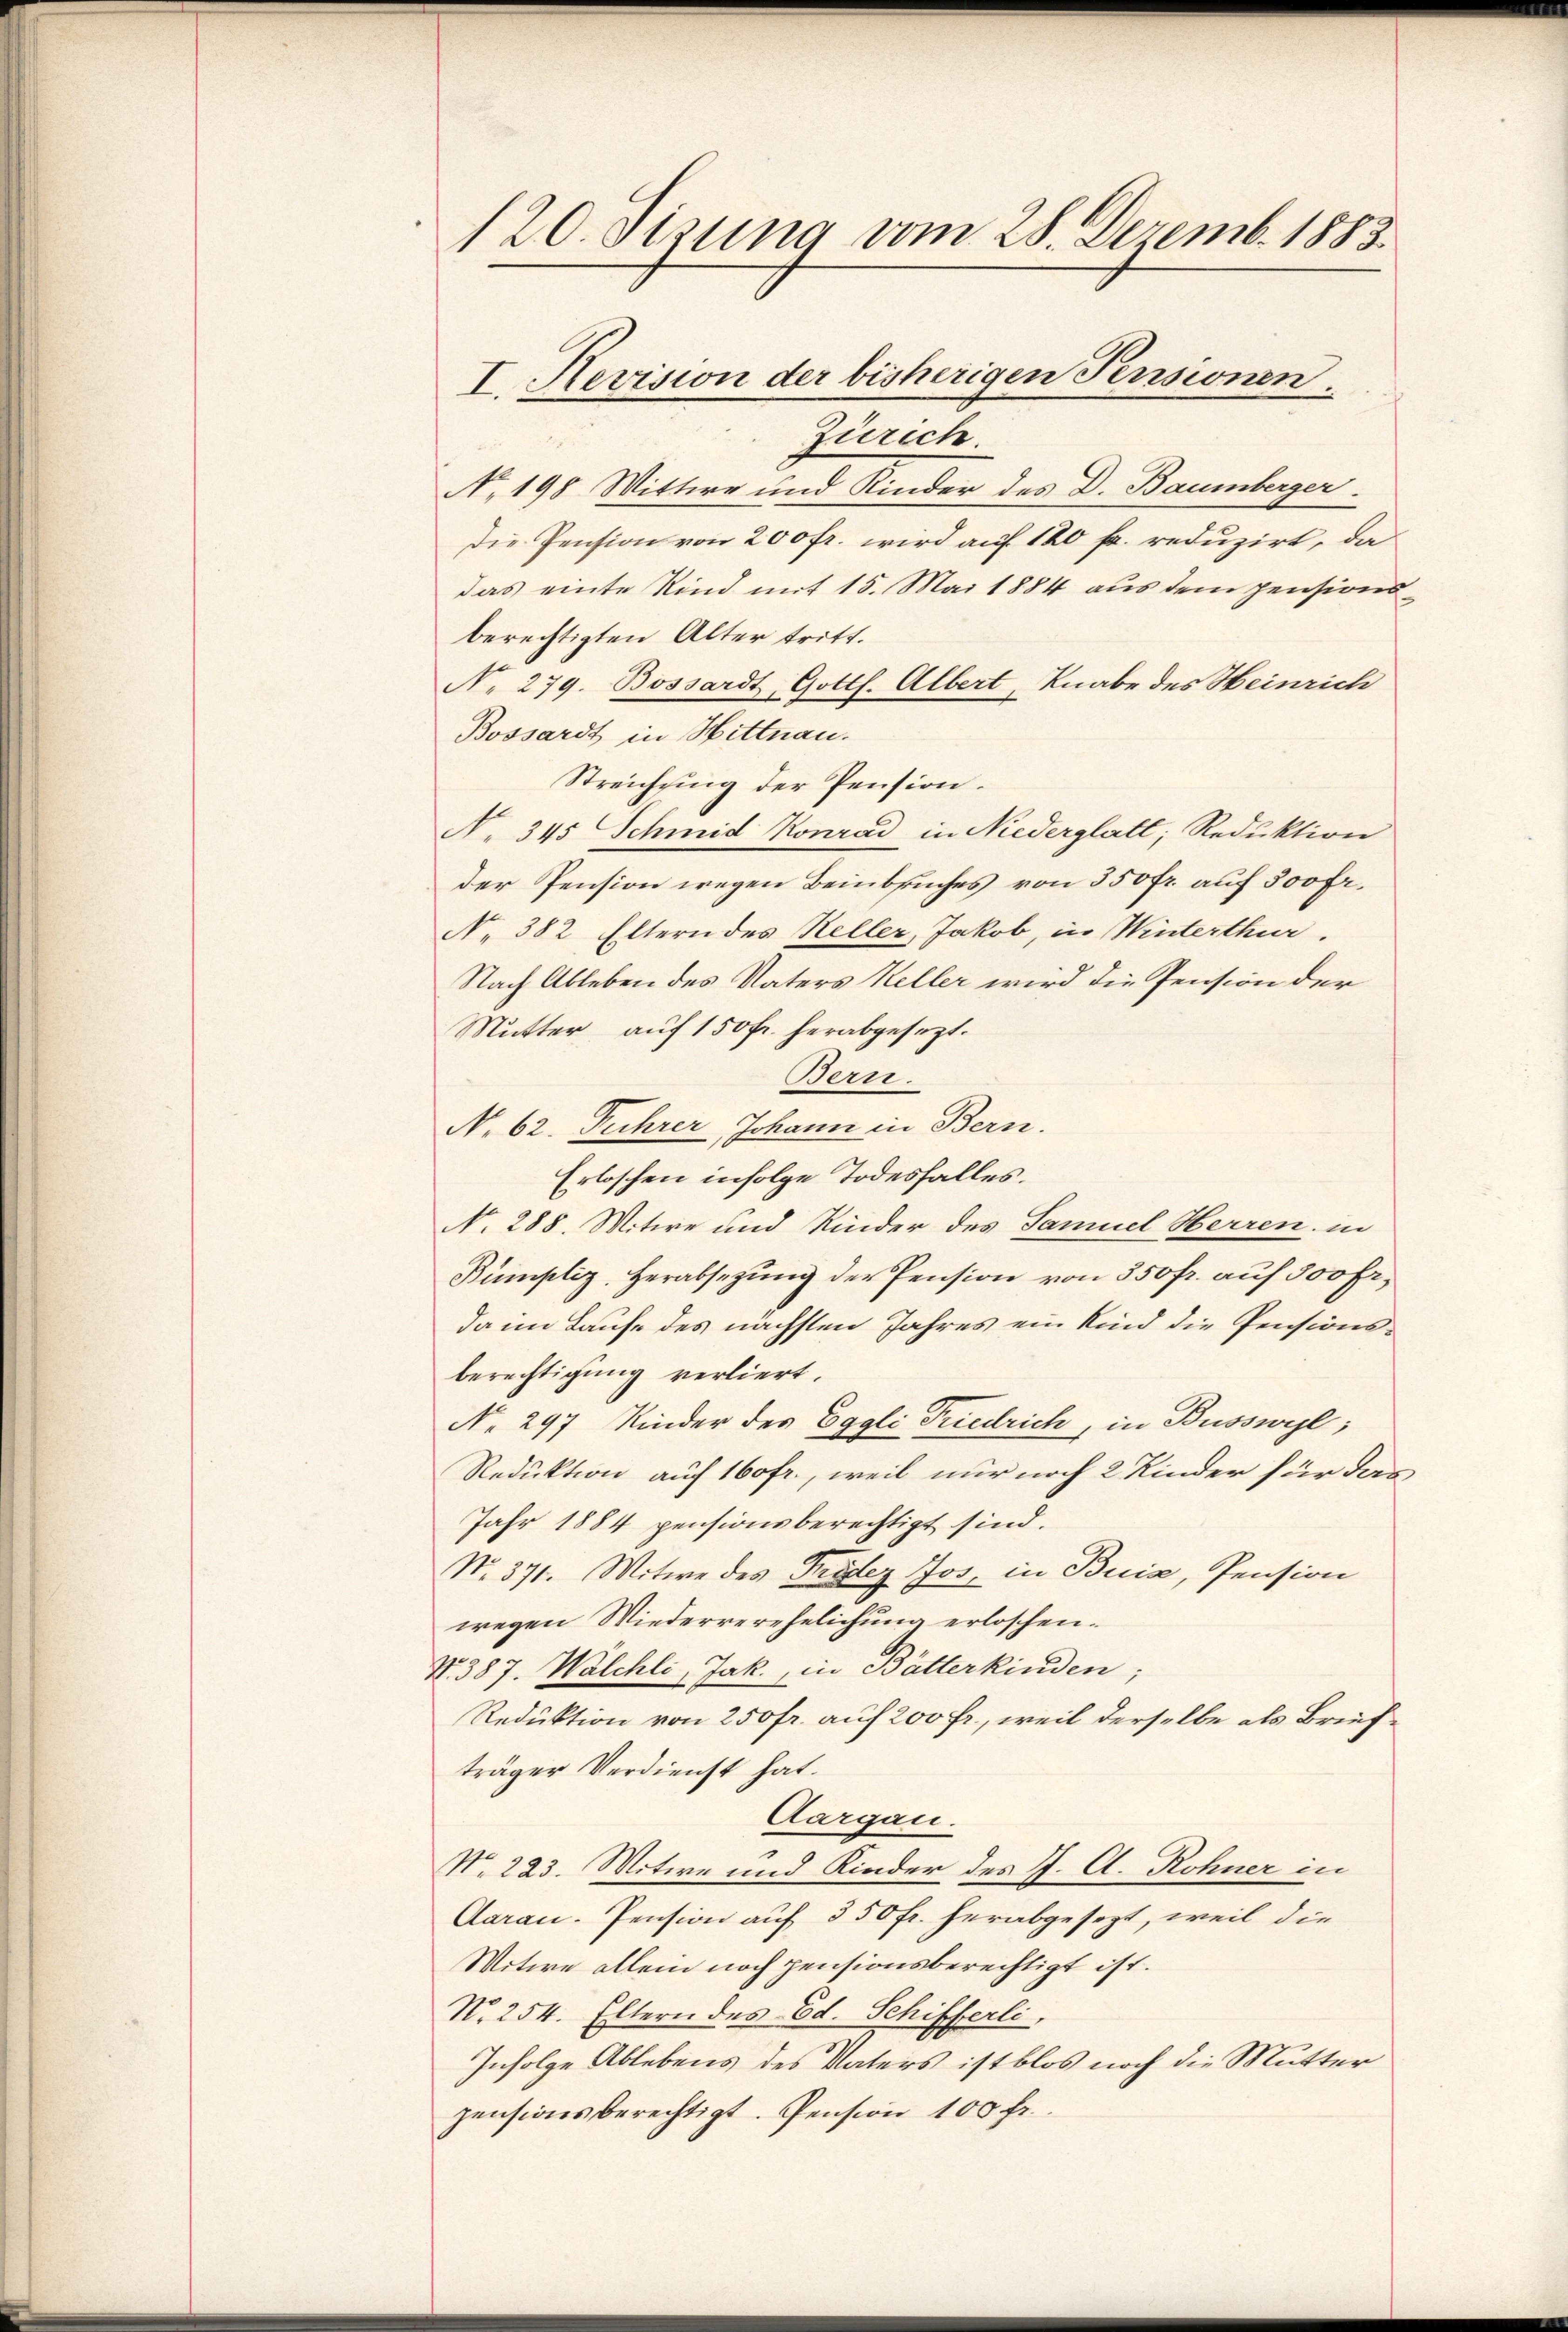
120. Sizung vom 28. Dezemb. 1883

Zürich.
No. 198 Wittwe und Kinder des D. Baumberger.
Die Pension von 200 fr. wird auf 120 fr. reduzirt, da
das einte Kind mit 15. Mai 1884 aus dem pensionsberechtigten Alter tritt.
No 279. Bossardt, Gottl. Albert, Knabe des Heinrich
Bossardt in Hittnau.
Streichging der Pension.
No 345 Schmid Konrad in Niederglatt, Reduktion
der Pension wegen Beinbruches von 550 fr. auf 300 Fr.
No 382 Eltern des Heller, Jakob, in Winterthur.
Nach Ableben des Vaters Keller wird die Pension der
Mutter auf 150 fr. herabgesezt.
Bern.
N. 62. Fehrer, Johann in Bern.
Erloschen infolge Todesfalles.
N. 288. Mitwe und Kinder des Samuel Herren in
Bumpliz. Herabsetzung der Pension von 350 fr. auf 300 Fr.
da im Laufe des nächsten Jahres ein Kind die Pensionsberechtigung verliert.
No. 297 Kinder des Eggli Friedrich, in Busswyl,
Reduktion auf 160fr., weil nur noch 2 Kinder für das
Jahr 1884 pensionsberechtigt sind.
No. 371. Witwe des Tridez Jos. in Buia, Pension
wegen Wiederverehelichung erloschen.
No. 387. Walchli, Jak., in Bätterkinden;
Reduktion von 250 fr. auf 200 fr., weil derselbe als Briefträger Verdienst hat.
Aargau.
No. 223. Mitere und Kinder des J. A. Rohner in
Daran. Pension auf 350 fr. herabgesezt, weil die
Witwe allem noch pensionsberechtigt ist.
No. 254. Eltern des Ed. Schifferli,
Infolge Ablebens des Vaters ist blos noch die Mutter
pensionsberechtigt. Pension 100 Fr.

I. Revision der bisherigen Pensionen.